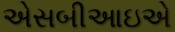
એસબીઆઇએ